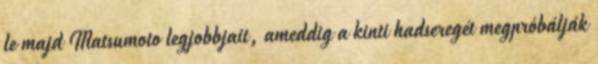
le majd Matsumoto legjobbjait, ameddig a kinti hadseregét megpróbálják